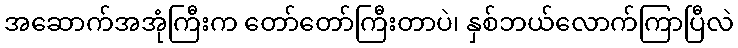
အဆောက်အအုံကြီးက တော်တော်ကြီးတာပဲ၊ နှစ်ဘယ်လောက်ကြာပြီလဲ